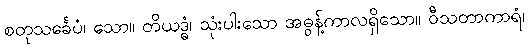
စတုသင်္ခေပံ၊ သော။ တိယဒ္ဓံ၊ သုံးပါးသော အဓွန့်ကာလရှိသော။ ဝီသတာကာရံ၊